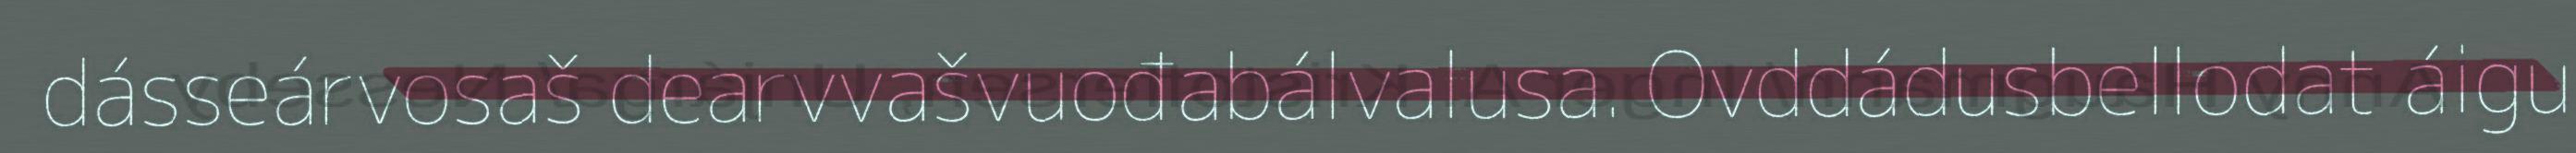
dásseárvosaš dearvvašvuođabálvalusa. Ovddádusbellodat áigu